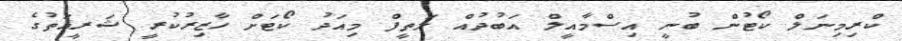
ކްރިމިނަލް ކޯޓުން ބުނީ އިސްމާއީލް އަބުދުއް ލަތީފް މިއަދު ކޯޓަށް ހާޒިރުކުރީ ޝަރީއަތުގެ